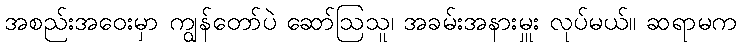
အစည်းအဝေးမှာ ကျွန်တော်ပဲ ဆော်ဩသူ၊ အခမ်းအနားမှူး လုပ်မယ်။ ဆရာမက